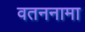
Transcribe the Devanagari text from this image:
वतननामा